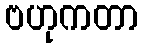
ဗဟုကတာ